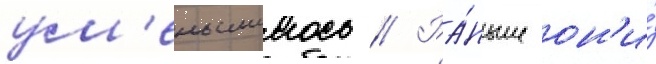
ум'еньшилось // Ра́ньше он'и́